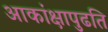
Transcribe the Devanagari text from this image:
आकांक्षापुढति